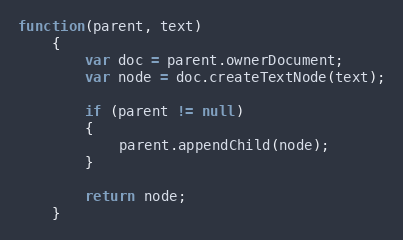
Language: JavaScript
function(parent, text)
	{
		var doc = parent.ownerDocument;
		var node = doc.createTextNode(text);

		if (parent != null)
		{
			parent.appendChild(node);
		}

		return node;
	}